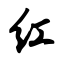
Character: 红